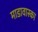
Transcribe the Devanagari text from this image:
माडावास्का